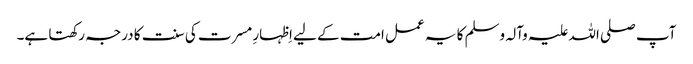
آپ صلی اللہ علیہ وآلہ وسلم کا یہ عمل امت کے لیے اِظہارِ مسرت کی سنت کا درجہ رکھتا ہے۔